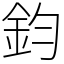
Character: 鈞